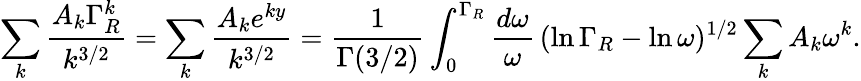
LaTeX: \sum_{k}\frac{A_{k}\Gamma_{R}^{k}}{k^{3/2}}=\sum_{k}\frac{A_{k}e^{ky}}{k^{3/2}}=\frac{1}{\Gamma(3/2)}\int_{0}^{\Gamma_{R}}\frac{d\omega}{\omega}\, (\ln\Gamma_{R}-\ln\omega)^{1/2}\sum_{k}A_{k}\omega^{k}.